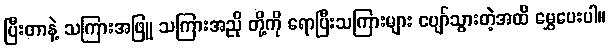
ပြီးတာနဲ့ သကြားအဖြူ သကြားအညို တို့ကို ရောပြီးသကြားများ ပျော်သွားတဲ့အထိ မွှေပေးပါ။